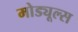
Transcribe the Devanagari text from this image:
मोड्यूल्स